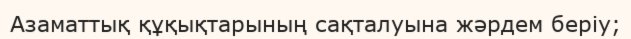
Азаматтық құқықтарының сақталуына жәрдем беріу;